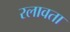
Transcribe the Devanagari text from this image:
रलावता